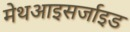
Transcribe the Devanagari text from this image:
मेथआइसर्जाइड